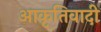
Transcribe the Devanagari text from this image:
आकृतिवादी